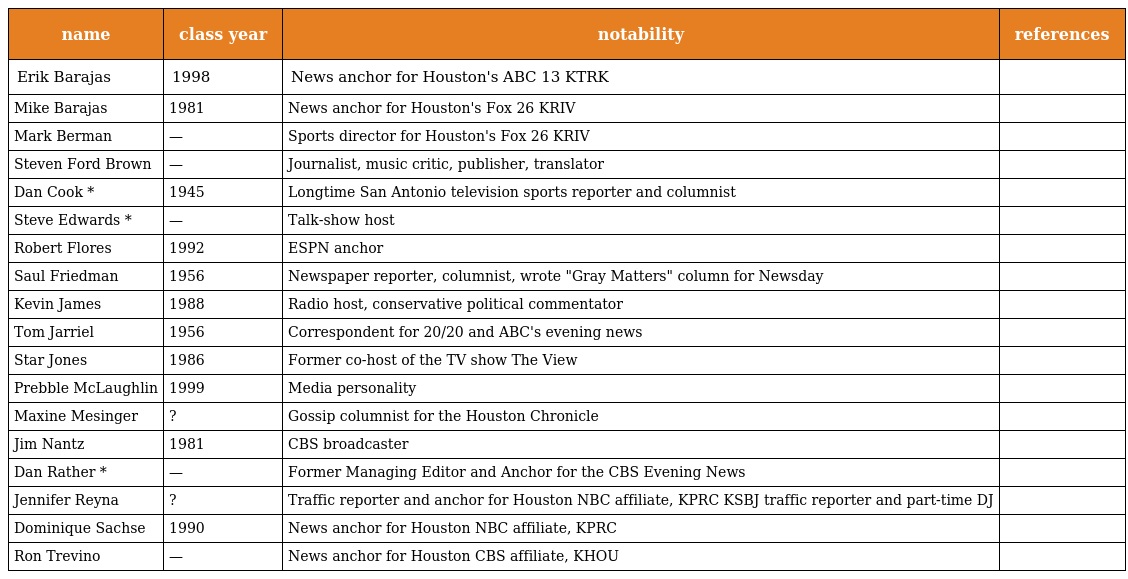
| name | class year | notability | references |
 | --- | --- | --- | --- |
 | Erik Barajas | 1998 | News anchor for Houston's ABC 13 KTRK |  |
 | Mike Barajas | 1981 | News anchor for Houston's Fox 26 KRIV |  |
 | Mark Berman | — | Sports director for Houston's Fox 26 KRIV |  |
 | Steven Ford Brown | — | Journalist, music critic, publisher, translator |  |
 | Dan Cook * | 1945 | Longtime San Antonio television sports reporter and columnist |  |
 | Steve Edwards * | — | Talk-show host |  |
 | Robert Flores | 1992 | ESPN anchor |  |
 | Saul Friedman | 1956 | Newspaper reporter, columnist, wrote "Gray Matters" column for Newsday |  |
 | Kevin James | 1988 | Radio host, conservative political commentator |  |
 | Tom Jarriel | 1956 | Correspondent for 20/20 and ABC's evening news |  |
 | Star Jones | 1986 | Former co-host of the TV show The View |  |
 | Prebble McLaughlin | 1999 | Media personality |  |
 | Maxine Mesinger | ? | Gossip columnist for the Houston Chronicle |  |
 | Jim Nantz | 1981 | CBS broadcaster |  |
 | Dan Rather * | — | Former Managing Editor and Anchor for the CBS Evening News |  |
 | Jennifer Reyna | ? | Traffic reporter and anchor for Houston NBC affiliate, KPRC KSBJ traffic reporter and part-time DJ |  |
 | Dominique Sachse | 1990 | News anchor for Houston NBC affiliate, KPRC |  |
 | Ron Trevino | — | News anchor for Houston CBS affiliate, KHOU |  |